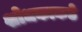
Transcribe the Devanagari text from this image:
शोधकाकडे